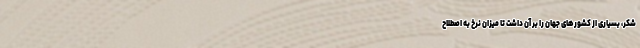
شکر، بسیاری از کشور‌های جهان را بر آن داشت تا میزان نرخ به اصطلاح